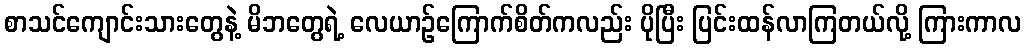
စာသင်ကျောင်းသားတွေနဲ့ မိဘတွေရဲ့ လေယာဉ်ကြောက်စိတ်ကလည်း ပိုပြီး ပြင်းထန်လာကြတယ်လို့ ကြားကာလ